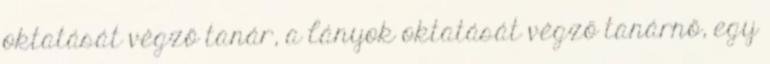
oktatását végző tanár, a lányok oktatását végző tanárnő, egy